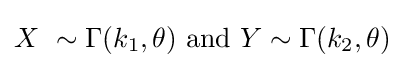
X~\sim \Gamma (k_{1},\theta ){\mbox{ and }}Y\sim \Gamma (k_{2},\theta )